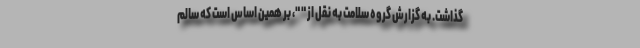
گذاشت. به گزارش گروه سلامت به نقل از " "، بر همین اساس است که سالم